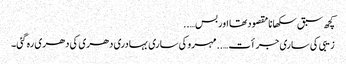
کچھ سبق سکھانا مقصود تھا اور بس…..
زیبی کی ساری جرأت…..مہرو کی ساری بہادری دھری کی دھری رہ گئی۔